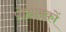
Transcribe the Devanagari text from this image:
प्रोग्रामकों